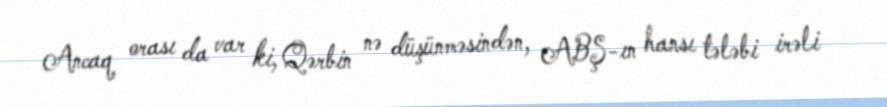
Ancaq orası da var ki, Qərbin nə düşünməsindən, ABŞ-ın hansı tələbi irəli